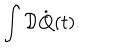
\int { \cal D } \dot { \bf Q } ( t ) .